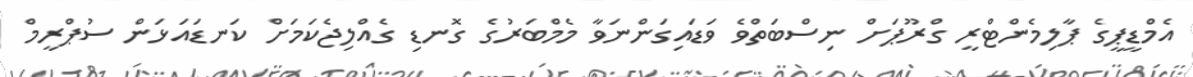
އެމްޑީޕީގެ ޕާލިމެންޓްރީ ގްރޫޕަށް ނިސްބަތްވެ ވަޑައިގަންނަވާ މެމްބަރުގެ ގޮނޑި ގެއްލިޖެކަމަށް ކަނޑައަޅަން ސުޕްރީމް